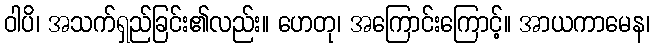
ဝါပိ၊ အသက်ရှည်ခြင်း၏လည်း။ ဟေတု၊ အကြောင်းကြောင့်။ အာယကာမေန၊